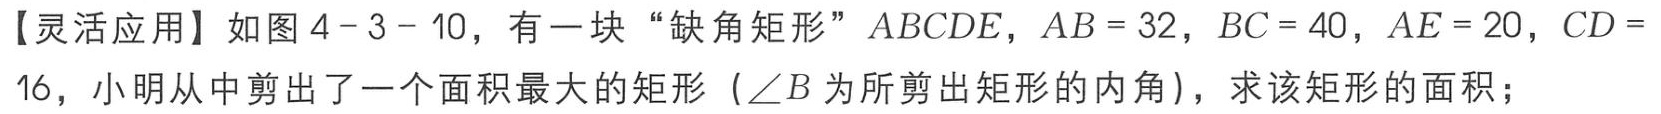
【灵活应用】如图4 - 3 - 10，有一块“缺角矩形”$ABCDE$，$AB = 32$，$BC = 40$，$AE = 20$，$CD = 16$，小明从中剪出了一个面积最大的矩形（$\angle B$为所剪出矩形的内角），求该矩形的面积；